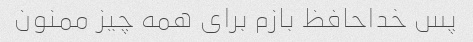
پس خداحافظ بازم برای همه چیز ممنون